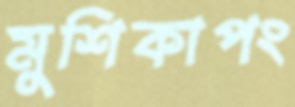
মুশিকাপং